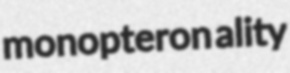
monopteron ality